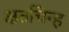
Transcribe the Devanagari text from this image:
क्षतचिन्ह